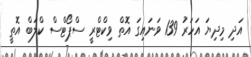
އަދި މިދިޔަ އަހަރު 139 ވަނައިގަ އޮތް ވިކްޓްރީ ސްޕޯޓްސް ކްލަބް އޮތީ